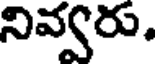
నివ్వరు.